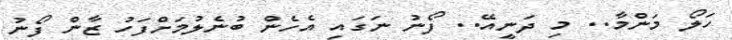
ހަލޯ މަންމާ.. މި ދަނީއޭ.. ފޯނު ނަގައި އެހެން ބުނެލުމަށްފަހު ޒާން ފޯނު